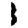
Digit: 1